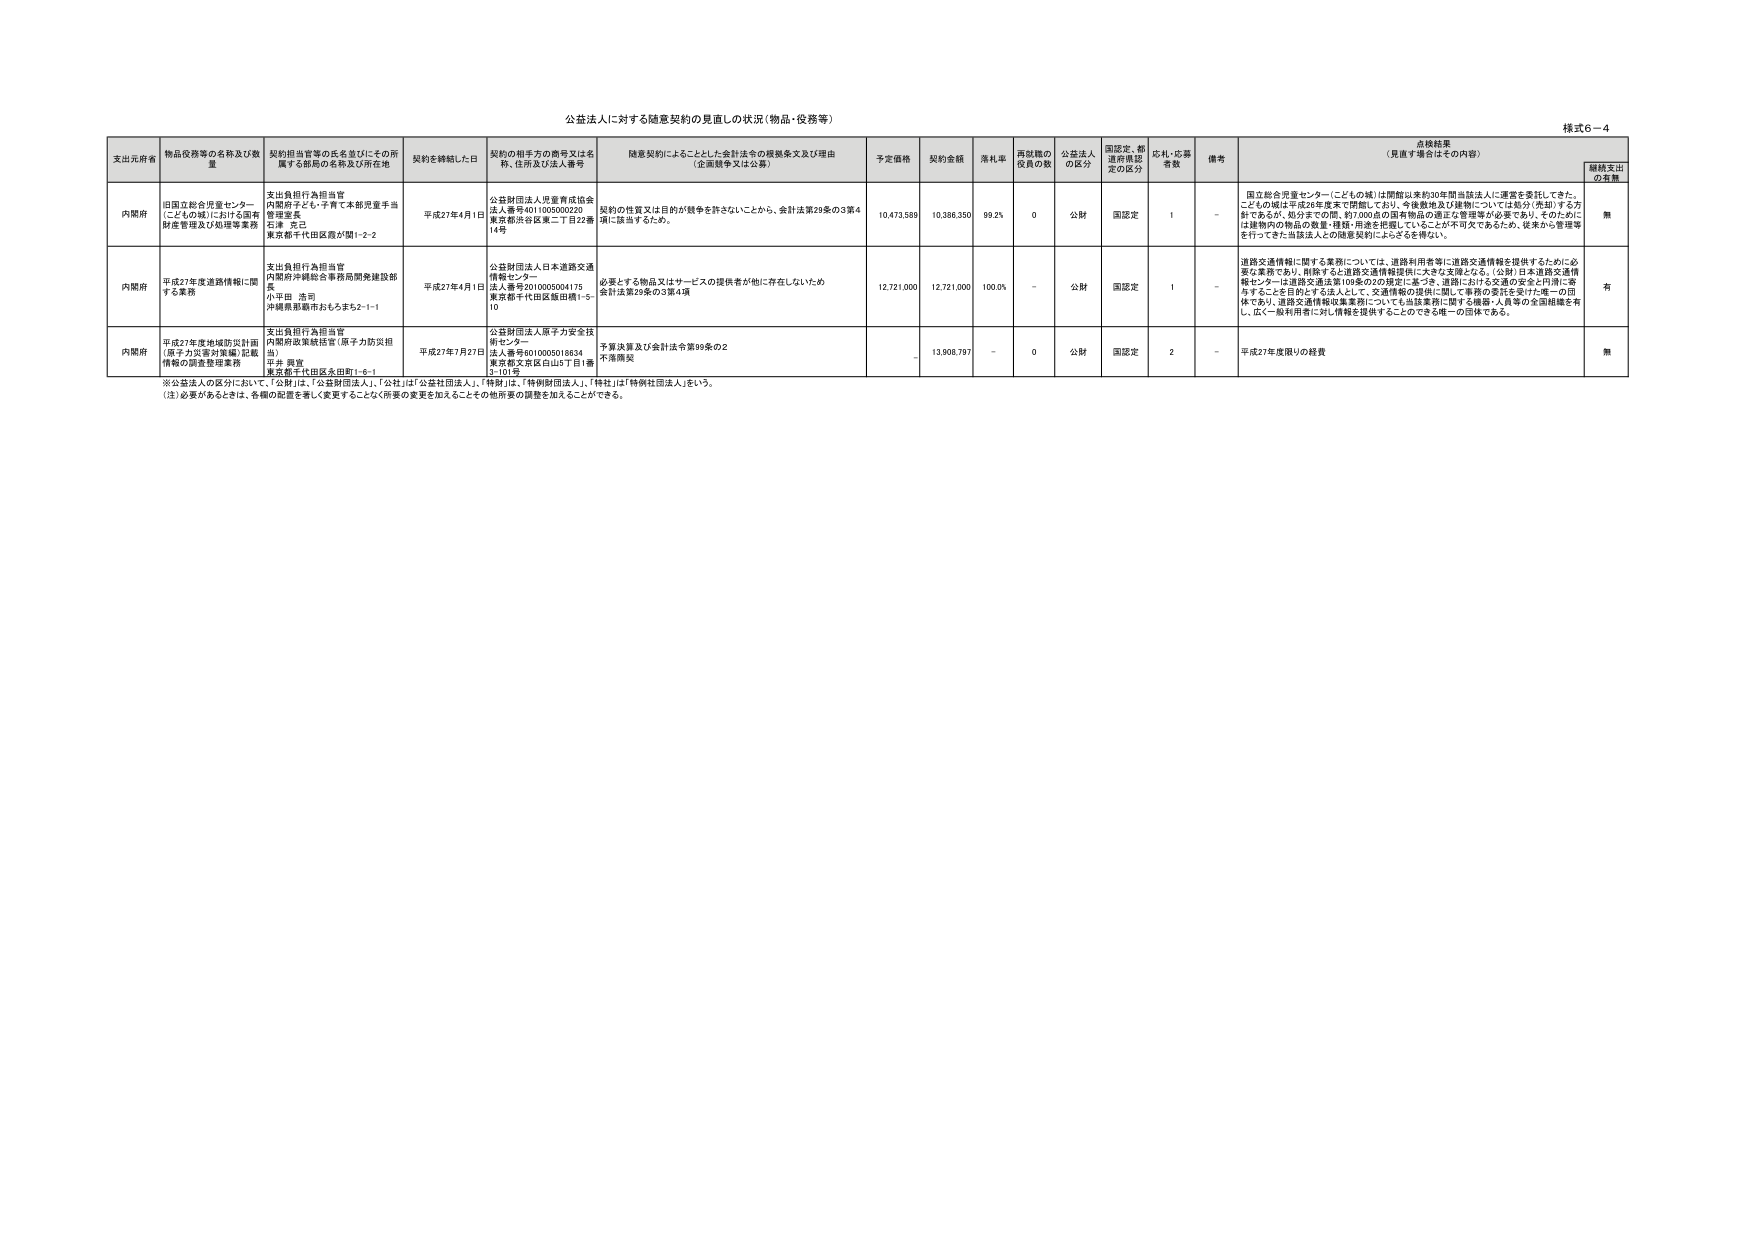
公益法人に対する随意契約の見直しの状況（物品・役務等）

様式6－4

支出元府省　物品役務等の名称及び数量　契約担当官等の氏名並びにその所属する部局の名称及び所在地　契約を締結した日　契約の相手方の商号又は名称、住所及び法人番号　随意契約によることとした会計法令の根拠条文及び理由（企画競争又は公募）　予定価格　契約金額　落札率　再就職の役員の数　公益法人の区分　国認定、都道府県認定の区分　応札・応募者数　備考　左検結果（見直す場合はその内容）　継続支出の有無

内閣府　旧国立総合児童センター（こどもの城）における国有財産管理及び処理事業費　支出負担行為担当官内閣府子ども・子育て本部児童手当管理室長松浦 � 克己東京都千代田区霞が関1-2-2　平成27年4月1日　公益財団法人児童育成協会法人番号4011005000220東京都渋谷区東二丁目22番14号　契約の性質又は目的が競争を許さないことから、会計法第29条の3第4項に該当するため。　10,473,589　10,386,350　99.2%　0　公財　国認定　1　－　国立総合児童センター（こどもの城）は開館以来約30年間当該法人に運営を委託してきた。こどもの城は平成28年度末で閉館しており、今後敷地及び建物については部分（売却）する方針であるが、処分までの間、約7,000点の国有物品の適正な管理等が必要であり、そのためには建物内の物品の数量・種類・用途を把握していることが不可欠であるため、従来から管理等を行ってきた当該法人の随意契約による支給を継続。　無

内閣府　平成27年度道路交通情報に関する業務　支出負担行為担当官内閣府沖縄総合事務局開発建設部長小平田 浩司沖縄県那覇市おもろまち2-1-1　平成27年4月1日　公益財団法人日本道路交通情報センター法人番号2010005004175東京都千代田区飯田橋1-5-10　必要とする物品又はサービスの提供者が他に存在しないため会計法第29条の3第4項　12,721,000　12,721,000　100.0%　－　公財　国認定　1　－　道路交通情報に関する業務については、道路利用者等に道路交通情報を提供するために必要な業務であり、削除すると道路交通情報提供に大きな支障となる。（公財）日本道路交通情報センターは道路交通法第109条の2の規定に基づき、道路における交通の安全と円滑に寄与することを目的とする法人として、交通情報の提供に関して事務の委託を受けた唯一の団体であり、道路交通情報収集業務についても当該業務に関する機器・人員等の全国組織を有し、広く一般利用者に対し情報を提供することができる唯一の団体である。　有

内閣府　平成27年度地域防災計画（原子力災害対策編）記載情報の調査整理業務　支出負担行為担当官内閣府政策統括官（原子力防災担当）吉井 興宣東京都千代田区永田町1-6-1　平成27年7月27日　公益財団法人原子力安全技術センター法人番号6010005018834東京都文京区白山2丁目1番3-101号　予算決算及び会計法令第99条の2不落開契　－　13,908,797　－　0　公財　国認定　2　－　平成27年度限りの経費　無

※公益法人の区分において、「公財」は、「公益財団法人」、「公社」は「公益社団法人」、「特財」は「特例財団法人」、「特社」は「特例社団法人」をいう。
（注）必要があるときは、各欄の配置を著しく変更することなく所要の変更を加えることその他所要の調整を加えることができる。